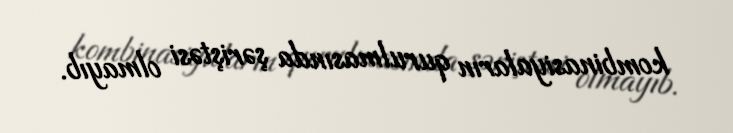
kombinasiyaların qurulmasında şəriştəsi olmayıb.